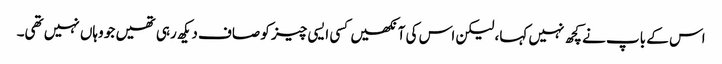
اس کے باپ نے کچھ نہیں کہا، لیکن اس کی آنکھیں کسی ایسی چیز کو صاف دیکھ رہی تھیں جو وہاں نہیں تھی۔